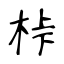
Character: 桛